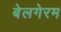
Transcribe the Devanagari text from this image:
बेलगेरम